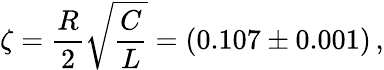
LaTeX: \zeta=\frac{R}{2}\sqrt{\frac{C}{L}}=(0.107\pm 0.001)\, ,